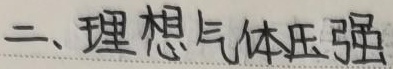
二、理想气体压强